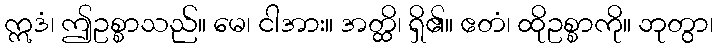
ဣဒံ၊ ဤဥစ္စာသည်။ မေ၊ ငါအား။ အတ္ထိ၊ ရှိ၏။ ဧတံ၊ ထိုဥစ္စာကို။ ဘုတွာ၊